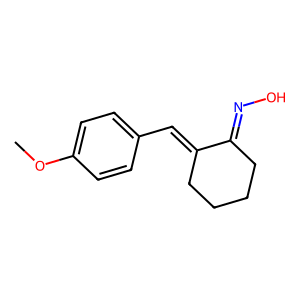
SMILES: COc1ccc(C=C2CCCCC2=NO)cc1
Inhibits HIV replication: No